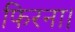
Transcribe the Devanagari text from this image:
फिरना।